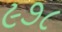
૯૭૮